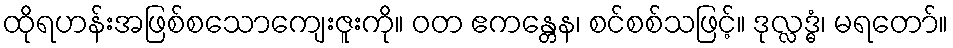
ထိုရဟန်းအဖြစ်စသောကျေးဇူးကို။ ဝတ ဧကန္တေန၊ စင်စစ်သဖြင့်။ ဒုလ္လဒ္ဓံ၊ မရတော်။